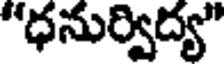
"ధనుర్విద్య"